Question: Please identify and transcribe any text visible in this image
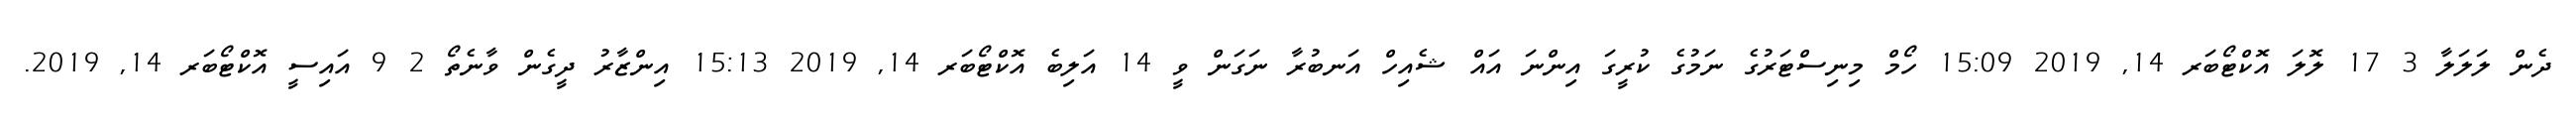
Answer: ދެން ލަލަލާ 3 17 ލޮލަ އޮކްޓޯބަރ 14, 2019 15:09 ހޯމް މިނިސްޓަރުގެ ނަމުގެ ކުރީގަ އިންނަ އައް ޝެއިހް އަނބުރާ ނަގަން ވީ 14 އަލިބެ އޮކްޓޯބަރ 14, 2019 15:13 އިންޒާރު ދީގެން ވާނެތޯ 2 9 އައިސީ އޮކްޓޯބަރ 14, 2019.